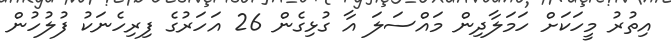
އިތުރު މީހަކަށް ހަމަލާދިން މައްސަލަ އާ ގުޅިގެން 26 އަހަރުގެ ފިރިހެނަކު ފުލުހުން